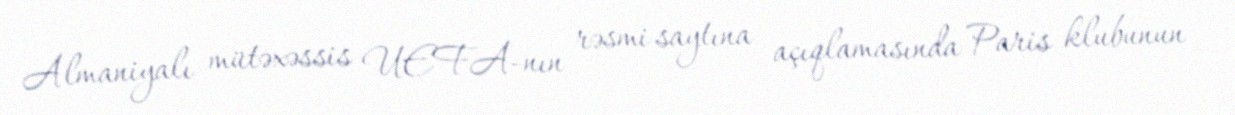
Almaniyalı mütəxəssis UEFA-nın rəsmi saytına açıqlamasında Paris klubunun